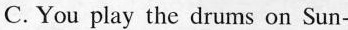
C. You play the drums on Sun-